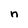
Character: n